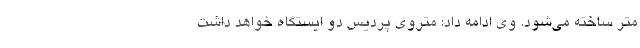
متر ساخته می‌شود. وی ادامه داد: متروی پردیس دو ایستگاه خواهد داشت